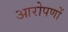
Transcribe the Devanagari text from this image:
आरोपणों